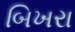
બિખરા